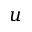
u